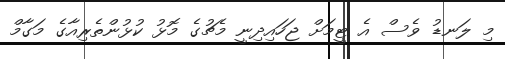
މި ލަނޑު ވެސް އެ ޓީމަށް ޖަހައިދިނީ މެޗުގެ މޮޅު ކުޅުންތެރިއާގެ މަގާމް